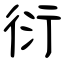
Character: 衍